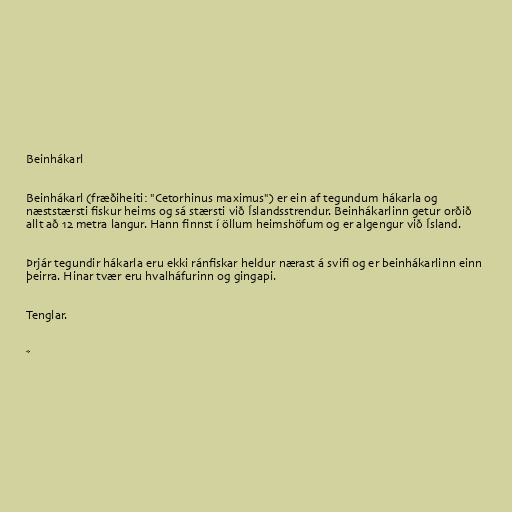
Beinhákarl

Beinhákarl (fræðiheiti: "Cetorhinus maximus") er ein af tegundum hákarla og
næststærsti fiskur heims og sá stærsti við Íslandsstrendur. Beinhákarlinn getur orðið
allt að 12 metra langur. Hann finnst í öllum heimshöfum og er algengur við Ísland.

Þrjár tegundir hákarla eru ekki ránfiskar heldur nærast á svifi og er beinhákarlinn einn
þeirra. Hinar tvær eru hvalháfurinn og gingapi.

Tenglar.

*